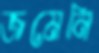
জমেনি